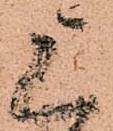
上